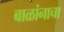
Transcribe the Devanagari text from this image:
बाळांनाचा